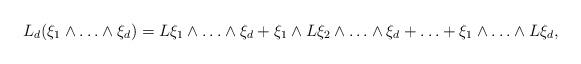
LaTeX: \begin{align*}L_d(\xi_1\wedge\ldots\wedge\xi_d)=L\xi_1\wedge\ldots\wedge\xi_d+\xi_1\wedge L\xi_2\wedge\ldots\wedge\xi_d+\ldots+\xi_1\wedge\ldots\wedge L\xi_d,\end{align*}